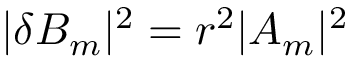
| \delta B _ { m } | ^ { 2 } = r ^ { 2 } | A _ { m } | ^ { 2 }